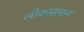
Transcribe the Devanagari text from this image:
लोकांसमान